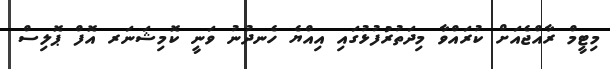
މިޓީމް ރާއްޖެއަށް ކުރައްވާ މިދަތުރުފުޅުގައި އިއްޔެ ހެނދުނު ވަނީ ކޮމިޝަނަރ އޮފް ޕޮލިސް